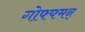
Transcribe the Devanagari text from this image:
गोफ्फ्मन्